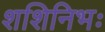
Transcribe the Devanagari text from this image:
शशिनिभः